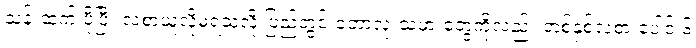
သန်းထက် ပိုပြီး လစာယူလို့မရသလို ပြည်တွင်းဘောလုံးသမားတွေကိုလည်း တစ်နှစ်လစာ ပေါင် ၆